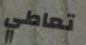
تعاطي